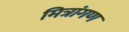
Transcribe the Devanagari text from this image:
मित्रांगण